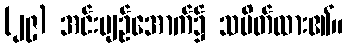
(၂၉) အင်းပျဉ်အောက်၌ သပိတ်ထား၏။